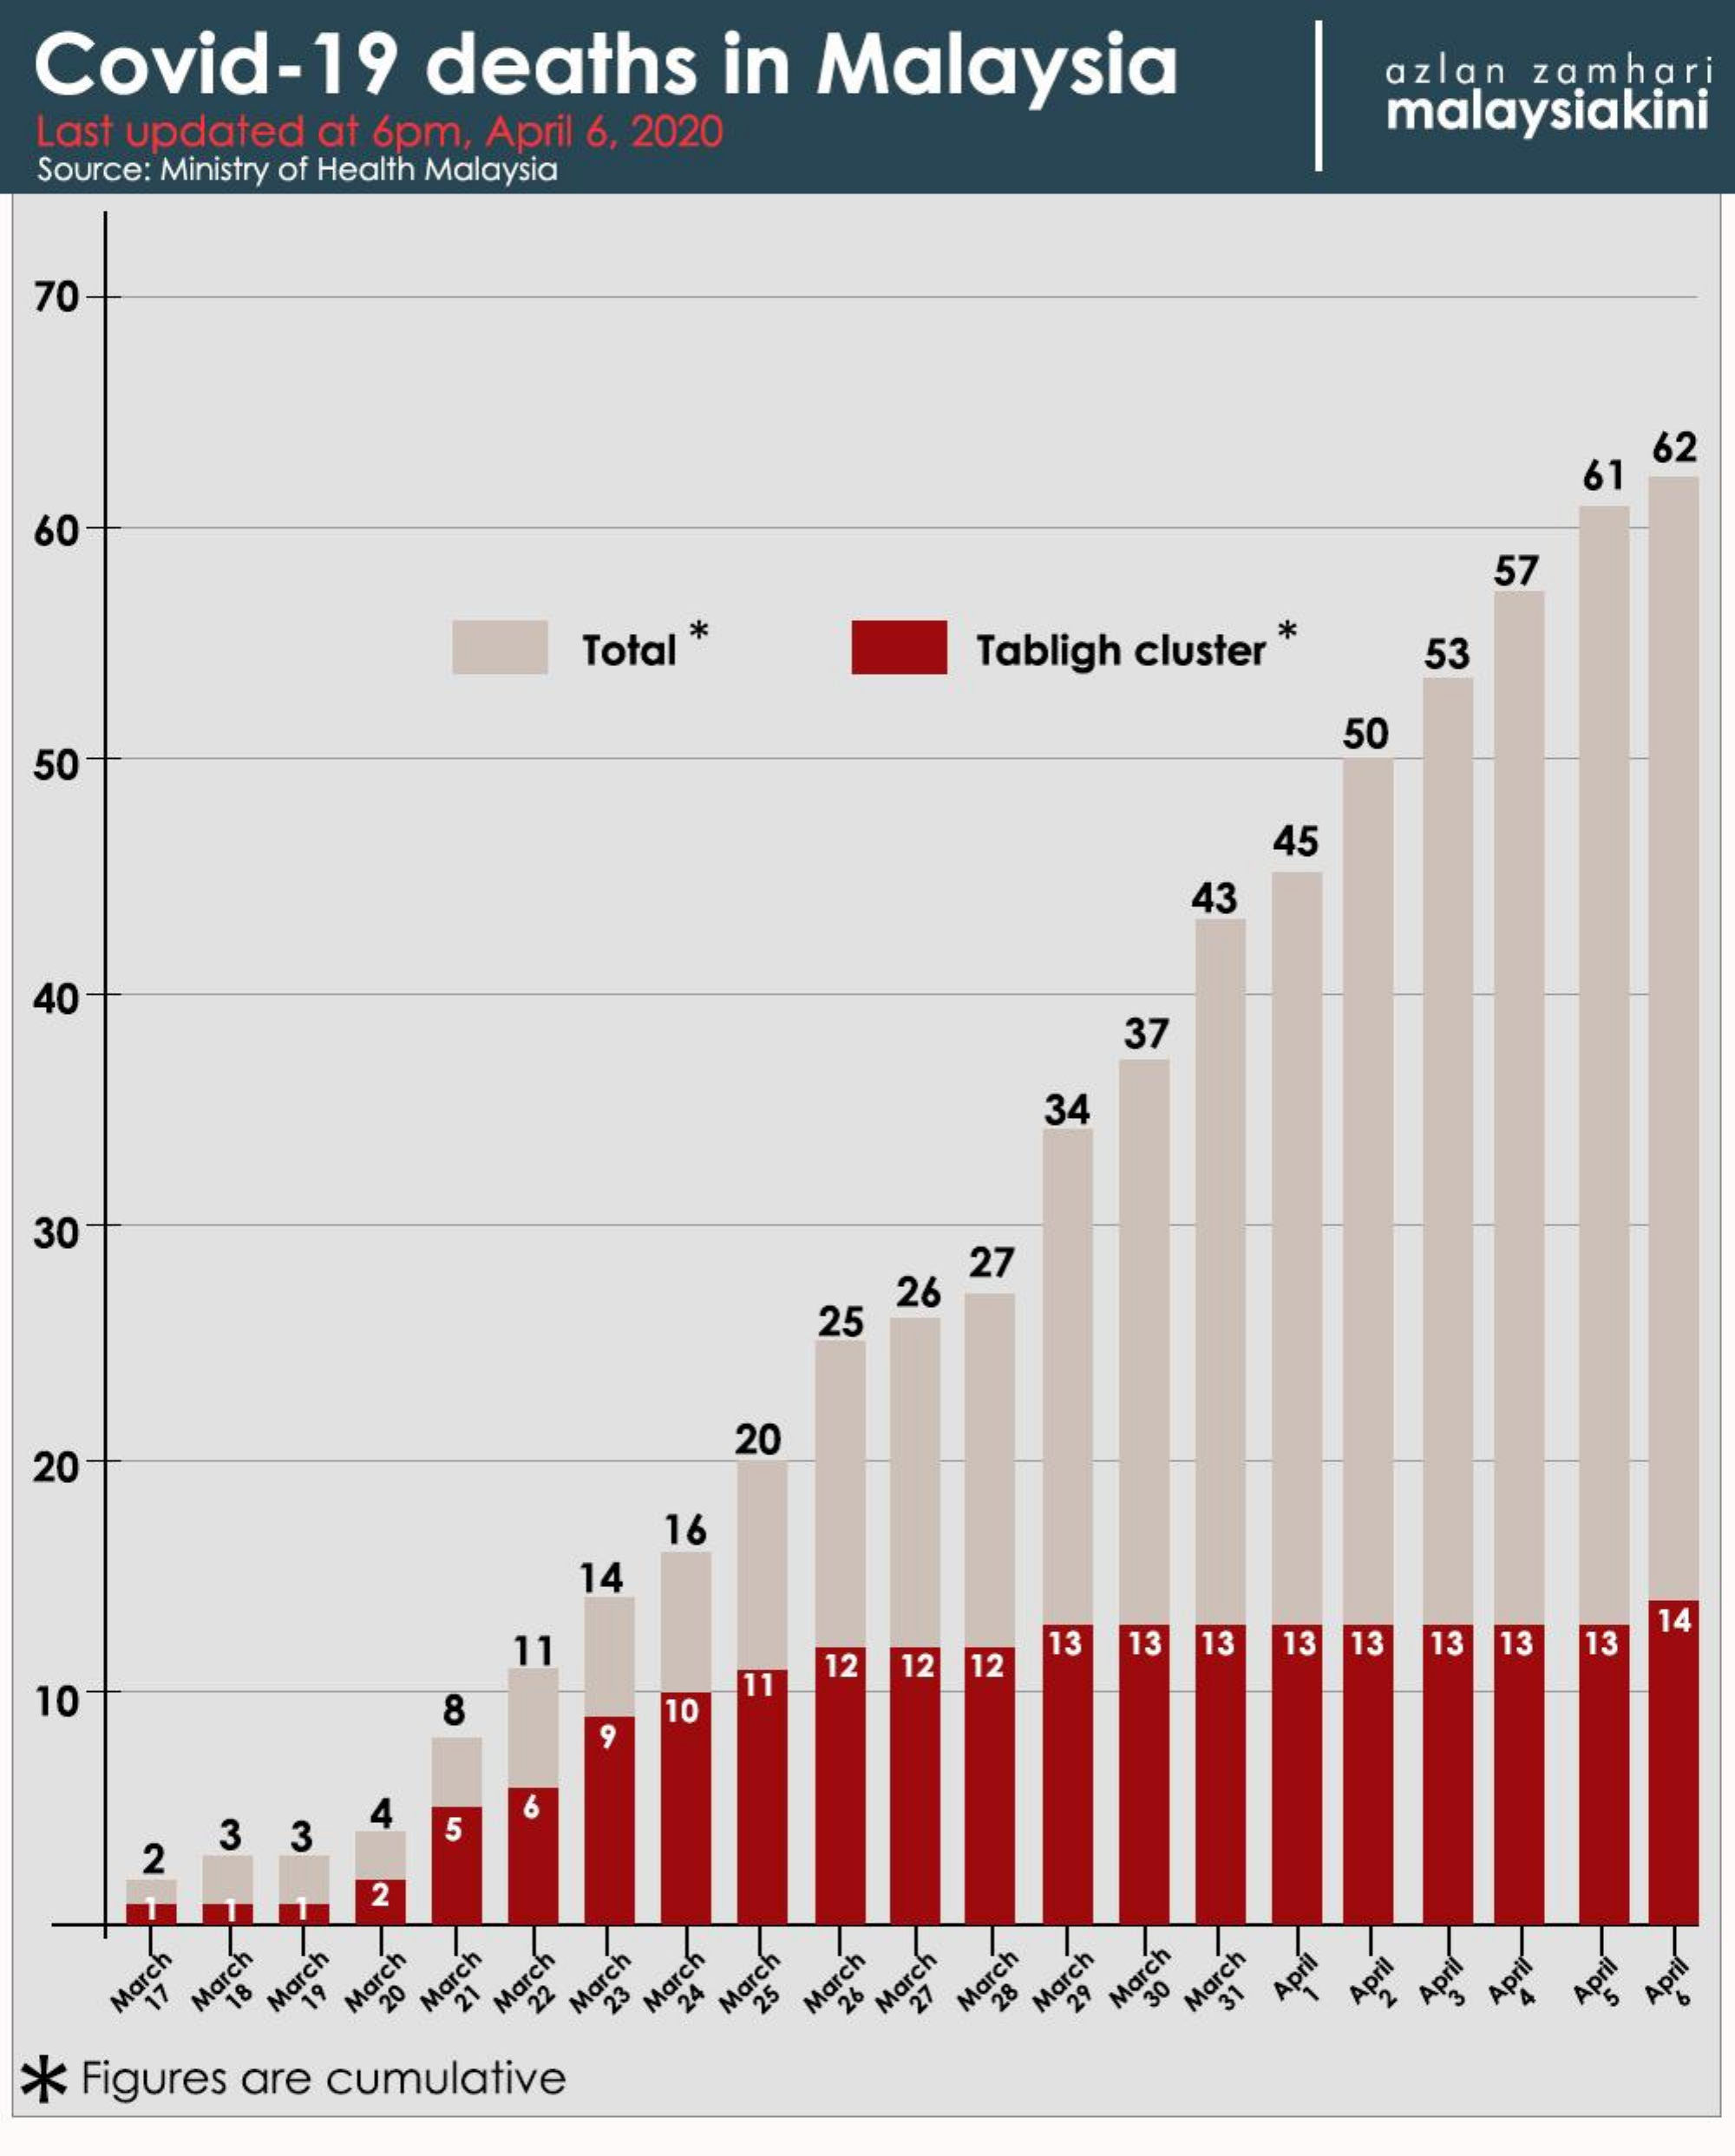
Covid-19    deaths    in    Malaysia
    Last   updated    at   6pm,    April    6.  2020
     azlan    zamhari
    Source:   Ministry   of Health   Malaysia
     malaysiakini
   70
     62
   60
     61
     57
     Total
     *
     Tabligh    cluster
     *
     53
    50
     50
     45
     43
   40
     37
     34
    30
     26
     27
     25
   20
     20
     16
     14
     11
     14
    10
     12    12    12
     13    13    13    13    13    13    13    13
     8    10
     19
     2
     3    3
     4
     5
     16
     2
     March 17 March 18 March 19 20 March March 21 March
     22
     March 23 March 24 March 25 March 26 March 27
     March 28  29
     March  March    April 30 March 31 Apri 2
     April April  April April
  **   Figures    are    cumulative